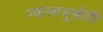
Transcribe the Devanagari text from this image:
ज्वालामुखीही